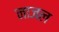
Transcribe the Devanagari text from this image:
नाजल